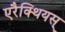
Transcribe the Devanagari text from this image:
एरैक्थियस्‌